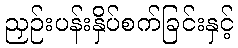
ညှဉ်းပန်းနှိပ်စက်ခြင်းနှင့်